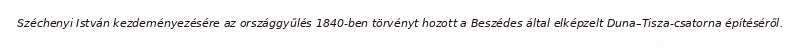
Széchenyi István kezdeményezésére az országgyűlés 1840-ben törvényt hozott a Beszédes által elképzelt Duna–Tisza-csatorna építéséről.